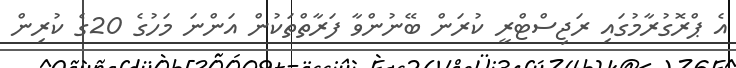
އެ ޕްރޮގުރާމުގައި ރަޖިސްޓްރީ ކުރަން ބޭނުންވާ ފަރާތްތަކުން އަންނަ މަހުގެ 20ގެ ކުރިން